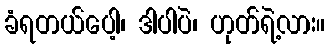
ခံရတယ်ပေါ့၊ ဒါပါပဲ၊ ဟုတ်ရဲ့လား။